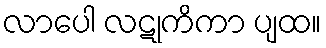
လာပေါ လဋုကိကာ ပျထ။